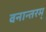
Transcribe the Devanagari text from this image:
वनान्तरम्